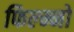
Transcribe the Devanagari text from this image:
फिल्म्नो